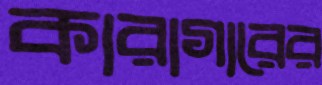
কারাগারের